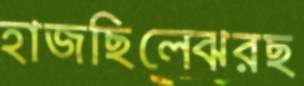
হাজছিলেঝরছ